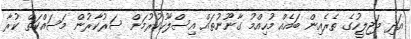
އަދި މަޖިލީހުގެ ތެރެއިން ބައެއް މުހިއްމު ގާނޫނުތައް އިސްލާހުކުރުމަށް ސަރުކާރުން މަސައްކަތް ކުރާ